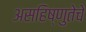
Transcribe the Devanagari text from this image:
असहिष्णुतेचे